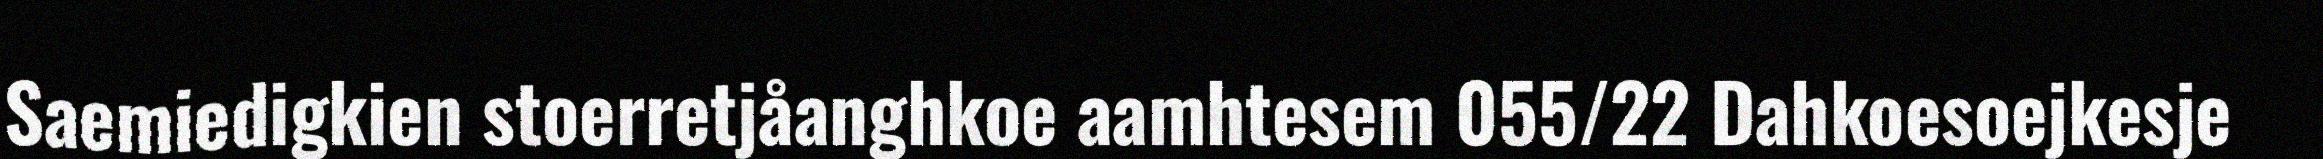
Saemiedigkien stoerretjåanghkoe aamhtesem 055/22 Dahkoesoejkesje